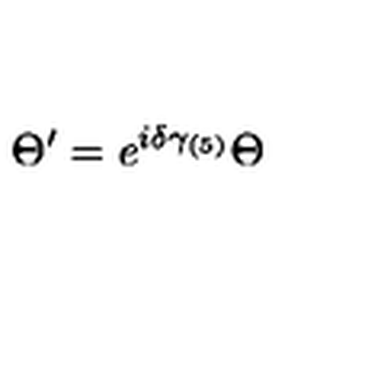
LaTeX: \Theta ^ { \prime } = e ^ { i \delta \gamma _ { ( 5 ) } } \Theta